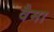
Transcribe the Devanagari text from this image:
वैमा